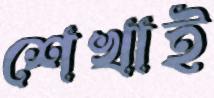
শেখাই